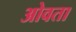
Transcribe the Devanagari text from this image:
ओवता